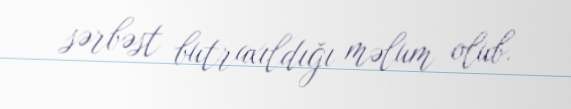
sərbəst butraxıldığı məlum olub.